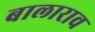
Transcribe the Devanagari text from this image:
बालाराव